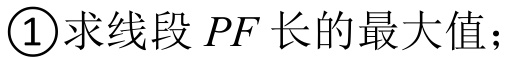
\textcircled{1}求线段\(PF\)长的最大值；